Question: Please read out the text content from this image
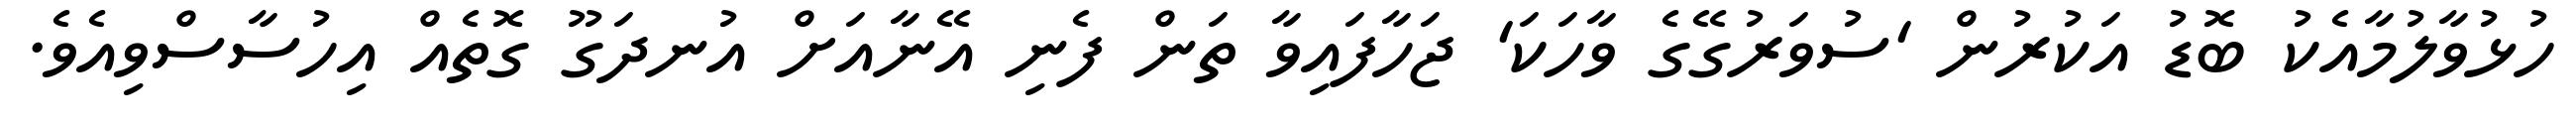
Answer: ހުޅުވާލުމާއެކު ބޮޑު އަކުރުން 'ސުވަރުގޭގެ ވާހަކަ' ޖަހާފައިވާ ތަން ފެނި އޭނާއަށް އުނދަގޫ ގޮތެއް އިހުސާސްވިއެވެ.